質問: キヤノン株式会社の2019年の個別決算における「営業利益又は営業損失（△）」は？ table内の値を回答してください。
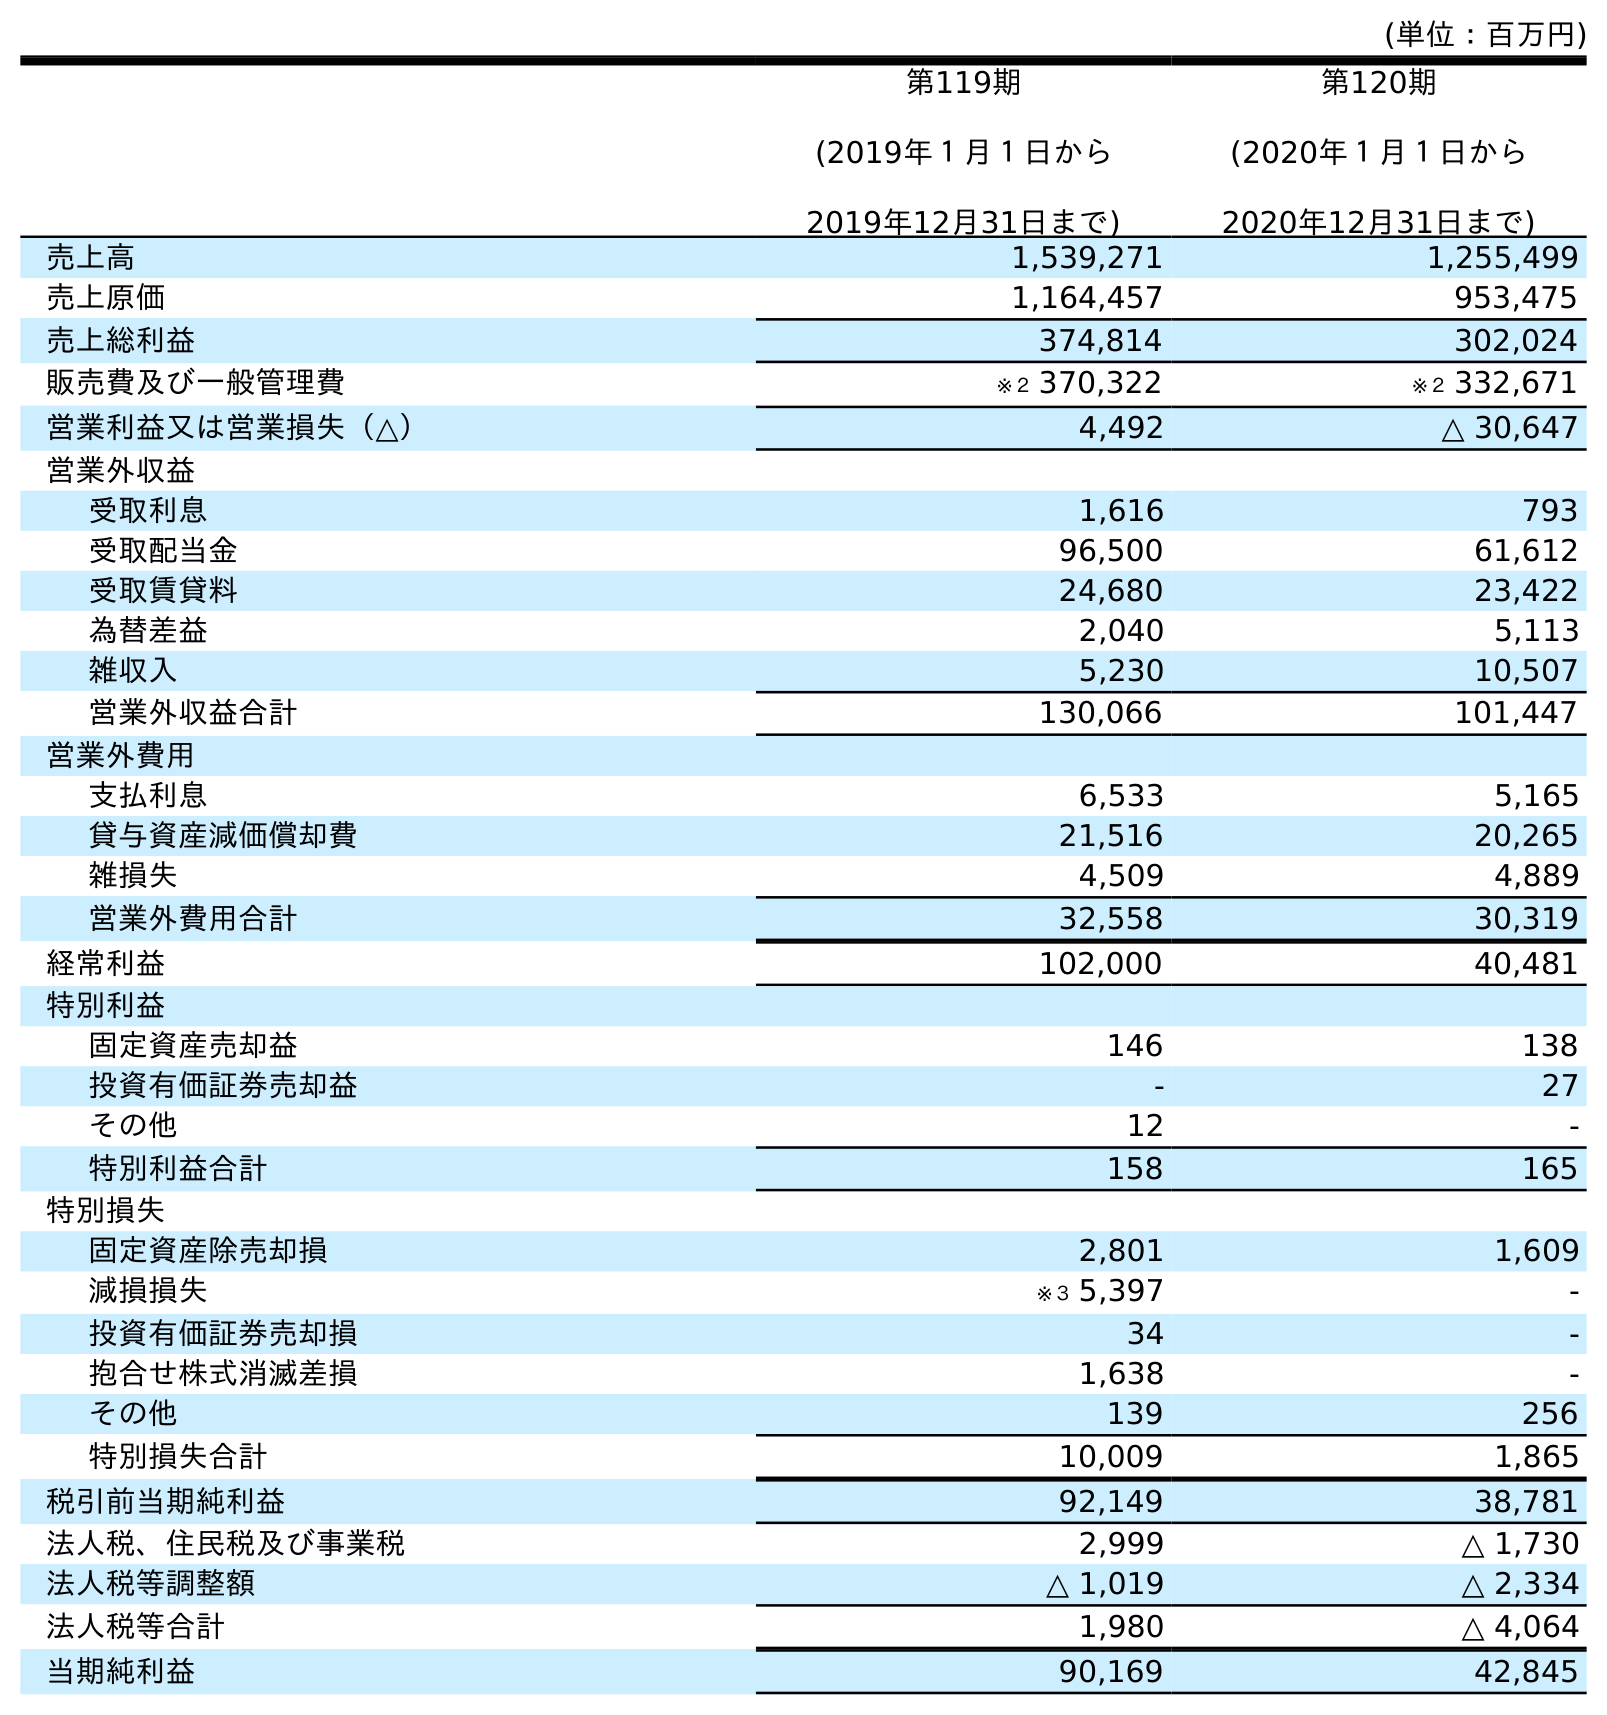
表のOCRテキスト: (単位：百万円) 第119期 (2019年１月１日から 2019年12月31日まで) 第120期 (2020年１月１日から 2020年12月31日まで) 売上高 1,539,271 1,255,499 売上原価 1,164,457 953,475 売上総利益 374,814 302,024 販売費及び一般管理費 ※２ 370,322 ※２ 332,671 営業利益又は営業損失（△） 4,492 △ 30,647 営業外収益 受取利息 1,616 793 受取配当金 96,500 61,612 受取賃貸料 24,680 23,422 為替差益 2,040 5,113 雑収入 5,230 10,507 営業外収益合計 130,066 101,447 営業外費用 支払利息 6,533 5,165 貸与資産減価償却費 21,516 20,265 雑損失 4,509 4,889 営業外費用合計 32,558 30,319 経常利益 102,000 40,481 特別利益 固定資産売却益 146 138 投資有価証券売却益 - 27 その他 12 - 特別利益合計 158 165 特別損失 固定資産除売却損 2,801 1,609 減損損失 ※３ 5,397 - 投資有価証券売却損 34 - 抱合せ株式消滅差損 1,638 - その他 139 256 特別損失合計 10,009 1,865 税引前当期純利益 92,149 38,781 法人税、住民税及び事業税 2,999 △ 1,730 法人税等調整額 △ 1,019 △ 2,334 法人税等合計 1,980 △ 4,064 当期純利益 90,169 42,845
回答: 4,492